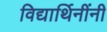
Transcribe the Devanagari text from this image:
विद्यार्थिनींनी